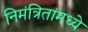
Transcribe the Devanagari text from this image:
निमंत्रितांमध्ये